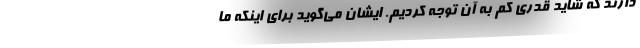
دارند که شاید قدری کم به آن توجه کردیم. ایشان می‌گوید برای اینکه ما